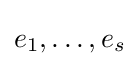
e_{1},\dotsc ,e_{s}